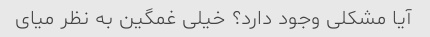
آیا مشکلی وجود دارد؟ خیلی غمگین به نظر میای